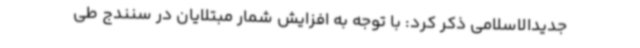
جدیدالاسلامی ذکر کرد: با توجه به افزایش شمار مبتلایان در سنندج طی